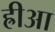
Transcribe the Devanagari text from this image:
ह्रीआ